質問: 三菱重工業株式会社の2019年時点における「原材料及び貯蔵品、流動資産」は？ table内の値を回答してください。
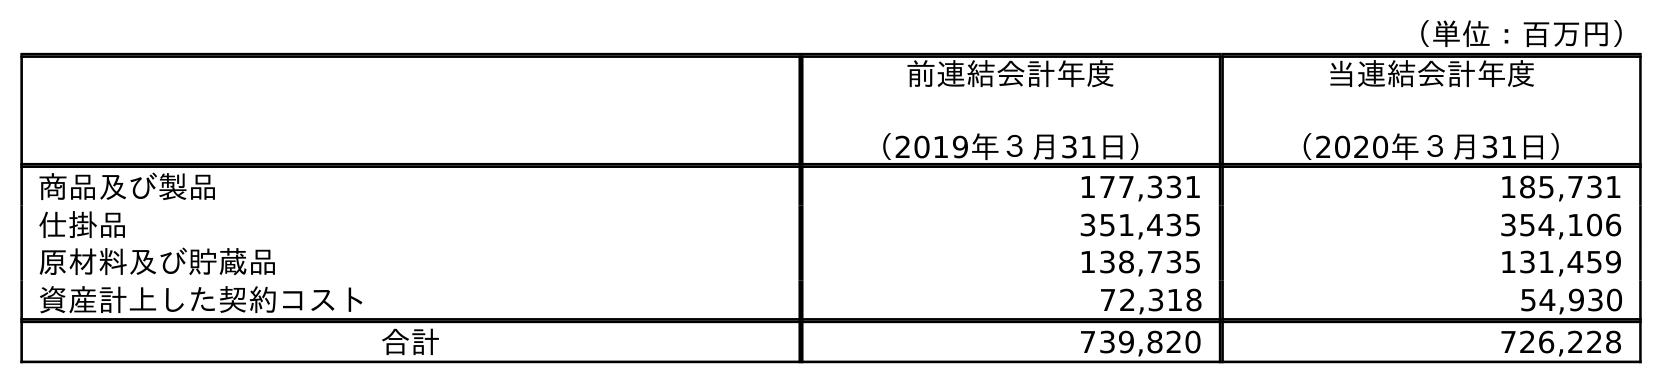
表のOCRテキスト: （単位：百万円） 前連結会計年度 （2019年３月31日） 当連結会計年度 （2020年３月31日） 商品及び製品 177,331 185,731 仕掛品 351,435 354,106 原材料及び貯蔵品 138,735 131,459 資産計上した契約コスト 72,318 54,930 合計 739,820 726,228
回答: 138,735